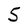
Character: S